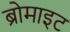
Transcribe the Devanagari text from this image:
ब्रोमाइट